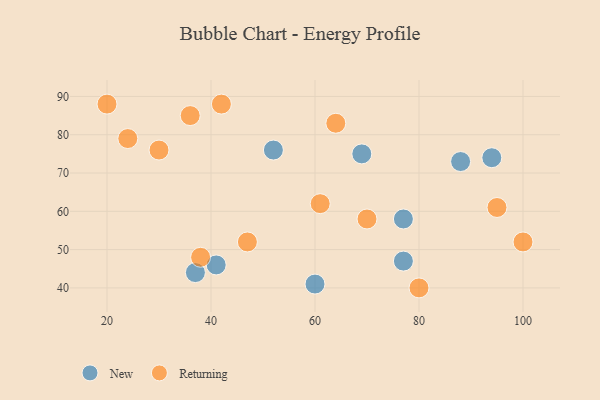
{"axis": {"x": "GDP", "y": "Life Expectancy"}, "legend": ["New", "Returning"], "data": [{"x": "37", "y": 44, "type": "New"}, {"x": "41", "y": 46, "type": "New"}, {"x": "60", "y": 41, "type": "New"}, {"x": "52", "y": 76, "type": "New"}, {"x": "77", "y": 47, "type": "New"}, {"x": "77", "y": 58, "type": "New"}, {"x": "88", "y": 73, "type": "New"}, {"x": "69", "y": 75, "type": "New"}, {"x": "94", "y": 74, "type": "New"}, {"x": "36", "y": 85, "type": "Returning"}, {"x": "80", "y": 40, "type": "Returning"}, {"x": "70", "y": 58, "type": "Returning"}, {"x": "38", "y": 48, "type": "Returning"}, {"x": "24", "y": 79, "type": "Returning"}, {"x": "20", "y": 88, "type": "Returning"}, {"x": "100", "y": 52, "type": "Returning"}, {"x": "61", "y": 62, "type": "Returning"}, {"x": "30", "y": 76, "type": "Returning"}, {"x": "42", "y": 88, "type": "Returning"}, {"x": "47", "y": 52, "type": "Returning"}, {"x": "64", "y": 83, "type": "Returning"}, {"x": "95", "y": 61, "type": "Returning"}]}